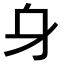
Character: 𨈐